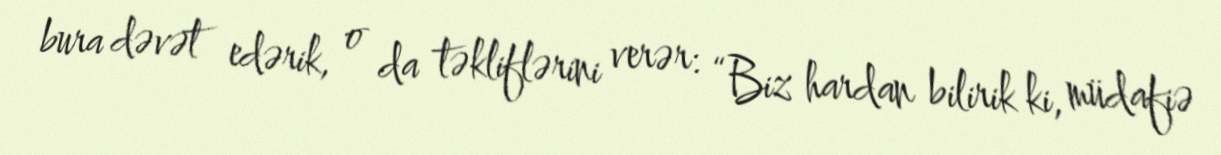
bura dəvət edərik, o da təkliflərini verər: “Biz hardan bilirik ki, müdafiə